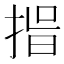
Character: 𭡑